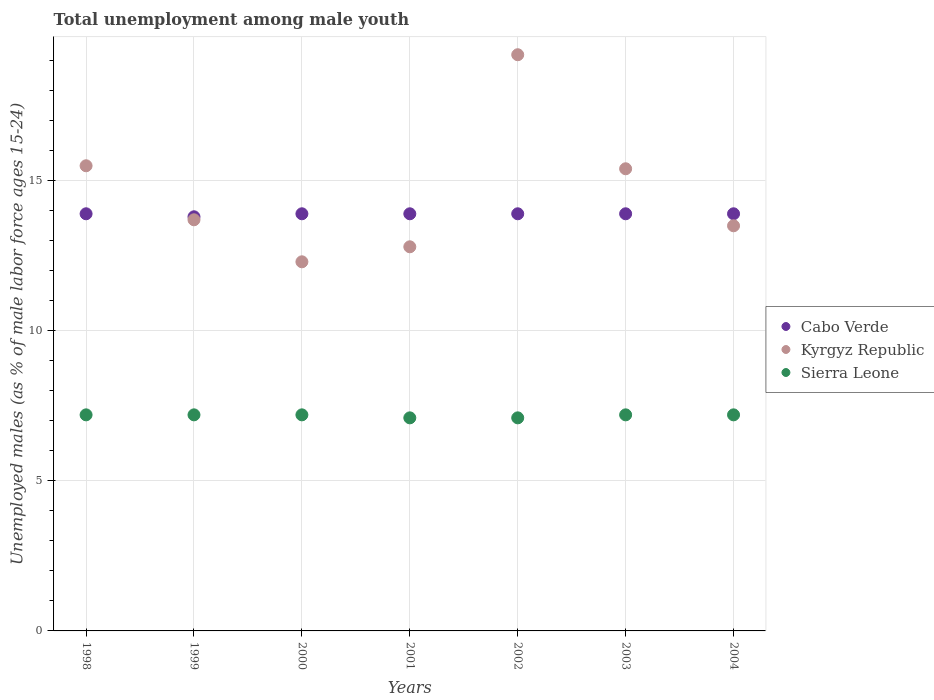
| Years | Cabo Verde | Kyrgyz Republic | Sierra Leone |
 | --- | --- | --- | --- |
 | 1998 | 13.9 | 15.5 | 7.2 |
 | 1999 | 13.8 | 13.7 | 7.2 |
 | 2000 | 13.9 | 12.3 | 7.2 |
 | 2001 | 13.9 | 12.8 | 7.1 |
 | 2002 | 13.9 | 19.2 | 7.1 |
 | 2003 | 13.9 | 15.4 | 7.2 |
 | 2004 | 13.9 | 13.5 | 7.2 |